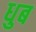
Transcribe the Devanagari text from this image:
धुब